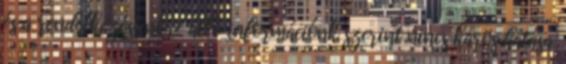
és a rendelkezésünkre álló információnk szerint nincs káros hatása.